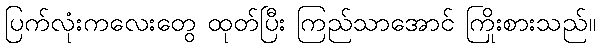
ပြက်လုံးကလေးတွေ ထုတ်ပြီး ကြည်သာအောင် ကြိုးစားသည်။